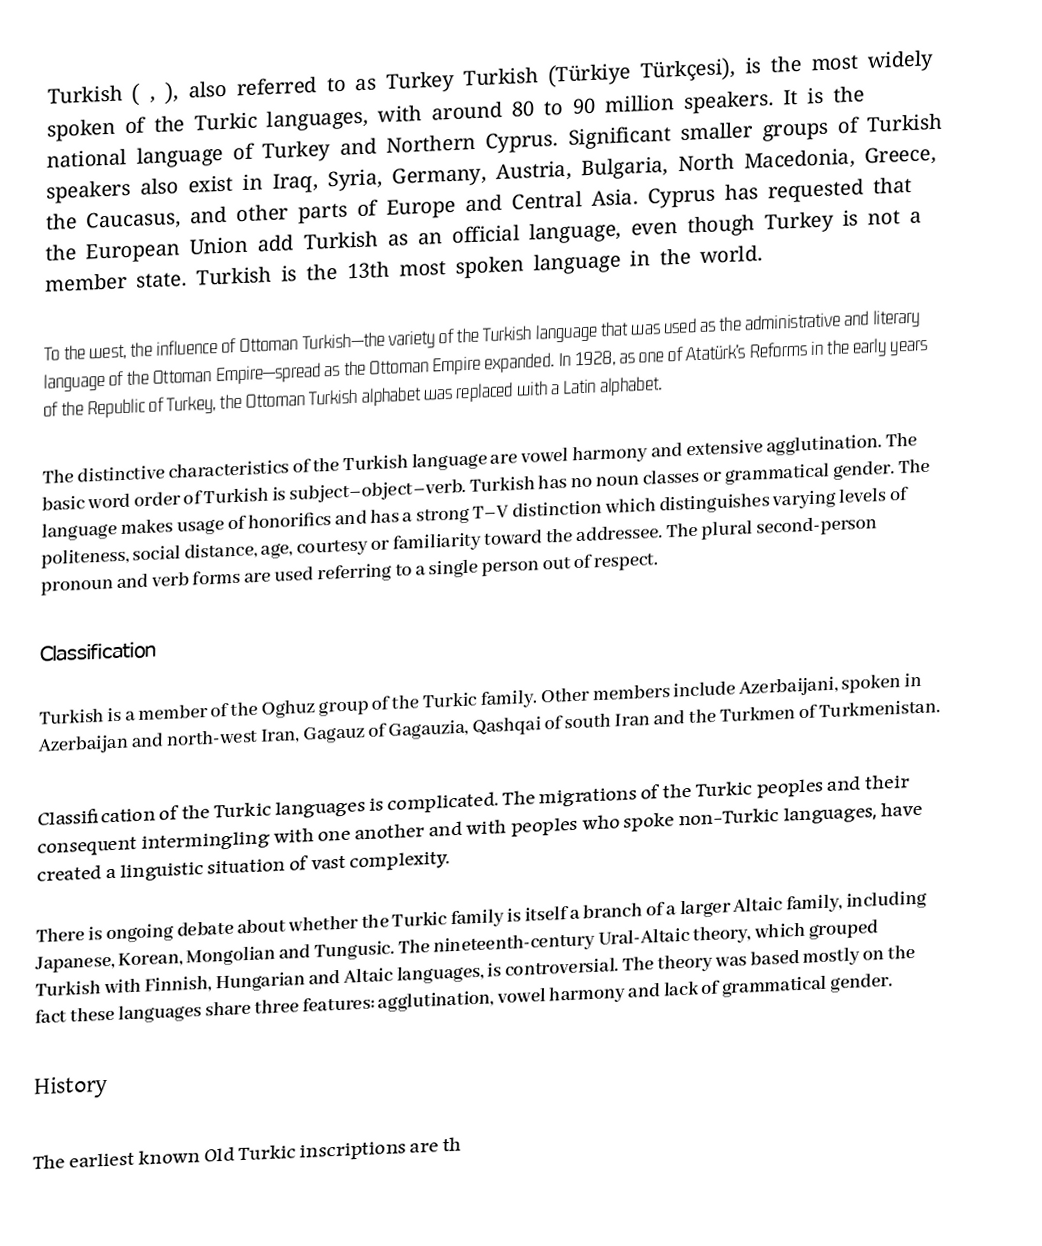
Turkish ( , ), also referred to as Turkey Turkish (Türkiye Türkçesi), is the most widely spoken of the Turkic languages, with around 80 to 90 million speakers. It is the national language of Turkey and Northern Cyprus. Significant smaller groups of Turkish speakers also exist in Iraq, Syria, Germany, Austria, Bulgaria, North Macedonia, Greece, the Caucasus, and other parts of Europe and Central Asia. Cyprus has requested that the European Union add Turkish as an official language, even though Turkey is not a member state. Turkish is the 13th most spoken language in the world.

To the west, the influence of Ottoman Turkish—the variety of the Turkish language that was used as the administrative and literary language of the Ottoman Empire—spread as the Ottoman Empire expanded. In 1928, as one of Atatürk's Reforms in the early years of the Republic of Turkey, the Ottoman Turkish alphabet was replaced with a Latin alphabet.

The distinctive characteristics of the Turkish language are vowel harmony and extensive agglutination. The basic word order of Turkish is subject–object–verb. Turkish has no noun classes or grammatical gender. The language makes usage of honorifics and has a strong T–V distinction which distinguishes varying levels of politeness, social distance, age, courtesy or familiarity toward the addressee. The plural second-person pronoun and verb forms are used referring to a single person out of respect.

Classification

Turkish is a member of the Oghuz group of the Turkic family. Other members include Azerbaijani, spoken in Azerbaijan and north-west Iran, Gagauz of Gagauzia, Qashqai of south Iran and the Turkmen of Turkmenistan.

Classification of the Turkic languages is complicated. The migrations of the Turkic peoples and their consequent intermingling with one another and with peoples who spoke non-Turkic languages, have created a linguistic situation of vast complexity.

There is ongoing debate about whether the Turkic family is itself a branch of a larger Altaic family, including Japanese, Korean, Mongolian and Tungusic. The nineteenth-century Ural-Altaic theory, which grouped Turkish with Finnish, Hungarian and Altaic languages, is controversial. The theory was based mostly on the fact these languages share three features: agglutination, vowel harmony and lack of grammatical gender.

History

The earliest known Old Turkic inscriptions are th